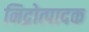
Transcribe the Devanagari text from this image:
निद्रोत्पादक